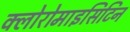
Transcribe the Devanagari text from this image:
क्लोरोमाइसिटिन